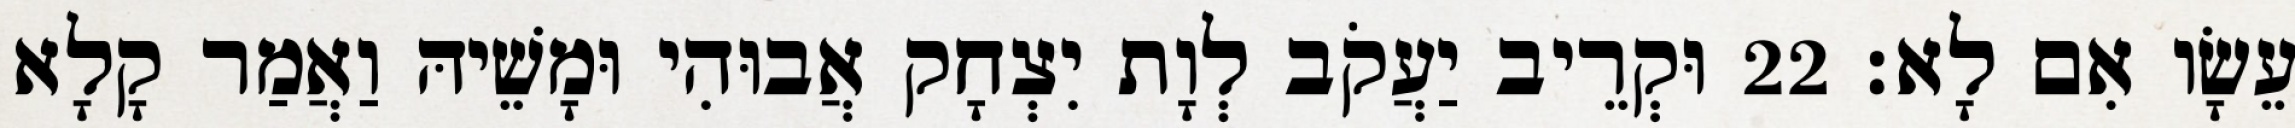
עֵשָׂו אִם לָא׃ 22 וּקְרֵיב יַעֲקֹב לְוָת יִצְחָק אֲבוּהִי וּמָשֵׁיהּ וַאֲמַר קָלָא